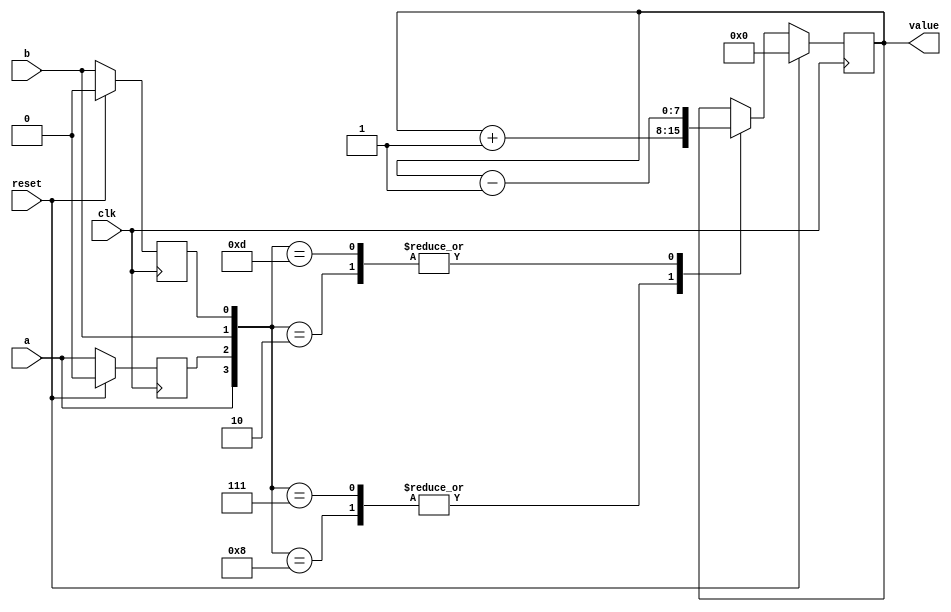
`default_nettype none
`timescale 1ns/1ns
module encoder #(
    parameter WIDTH = 8,
    parameter INCREMENT = 1'b1
)(
    input clk,
    input reset,
    input a,
    input b,
    output reg [WIDTH-1:0] value
);

    reg old_a;
    reg old_b;

    always @(posedge clk) begin
        if(reset) begin

            old_a <= 0;
            old_b <= 0;
            value <= 0;

        end else begin

            // last values
            old_a <= a;
            old_b <= b;

            // state machine
            case ({a,old_a,b,old_b})

                4'b1000: value <= value + INCREMENT;
                4'b0111: value <= value + INCREMENT;

                4'b0010: value <= value - INCREMENT;
                4'b1101: value <= value - INCREMENT;

                default: value <= value;
            endcase
        end
    end

endmodule